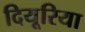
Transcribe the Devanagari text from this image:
दियूरिया